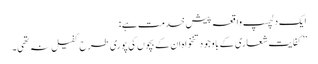
ایک دلچسپ واقعہ پیش خدمت ہے :
’’ کفایت شعاری کے باوجود تنخواہ ان کے بچوں کی پوری طرح کفیل نہ تھی۔